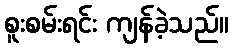
စူးစမ်းရင်း ကျန်ခဲ့သည်။